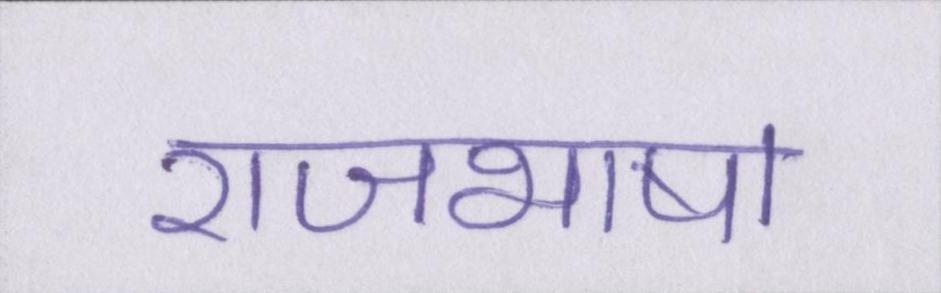
राजभाषा